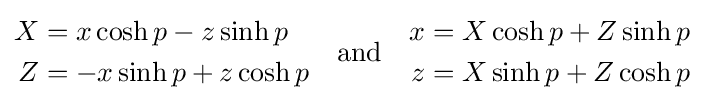
{\begin{aligned}X&=x\cosh p-z\sinh p\\Z&=-x\sinh p+z\cosh p\end{aligned}}\quad {\text{and}}\quad {\begin{aligned}x&=X\cosh p+Z\sinh p\\z&=X\sinh p+Z\cosh p\end{aligned}}